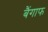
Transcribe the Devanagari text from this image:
बैंगाफ